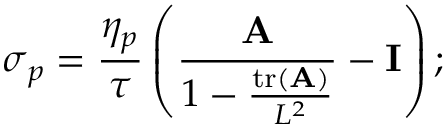
\boldsymbol { \sigma } _ { p } = \frac { \eta _ { p } } { \tau } \left( \frac { \mathbf { A } } { 1 - \frac { \operatorname { t r } ( \mathbf { A } ) } { L ^ { 2 } } } - \mathbf { I } \right) ;